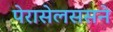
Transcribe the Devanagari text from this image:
पेरासेलससने